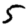
Digit: 5